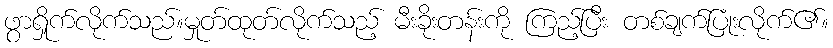
ဖွာရှိုက်လိုက်သည်။မှုတ်ထုတ်လိုက်သည့် မီးခိုးတန်းကို ကြည့်ပြီး တစ်ချက်ပြုံးလိုက်၏။